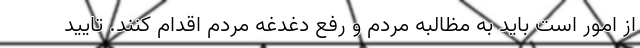
از امور است باید به مظالبه مردم و رفع دغدغه مردم اقدام کنند. تایید